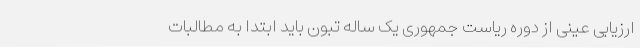
ارزیابی عینی از دوره ریاست جمهوری یک ساله تبون باید ابتدا به مطالبات